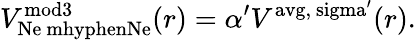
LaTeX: V_{\mathrm{Ne\ mhyphenNe}}^{\mathrm{mod3}}(r)=\alpha^{\prime}V^{\mathrm{avg,\ sigma^{\prime}}}(r).